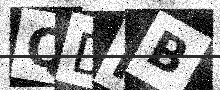
Text: QDNB